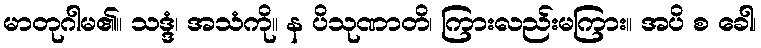
မာတုဂါမ၏။ သဒ္ဒံ၊ အသံကို။ န ပိသုဏာတိ၊ ကြားလည်းမကြား။ အပိ စ ခေါ၊